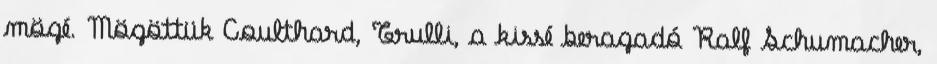
mögé. Mögöttük Coulthard, Trulli, a kissé beragadó Ralf Schumacher,